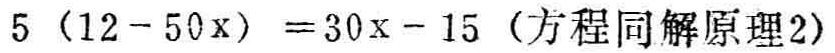
\(5(12 - 50x)=30x - 15\)（方程同解原理2）